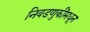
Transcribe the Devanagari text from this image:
निवडणुकींमधून